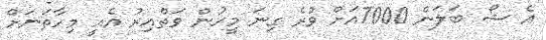
އެ ޝޯ ބަލަން 7000އަށް ވުރެ ގިނަ މީހުން ވަތްއިރު އެއީ މިހާތަނަށް